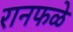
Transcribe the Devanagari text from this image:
रानफळे